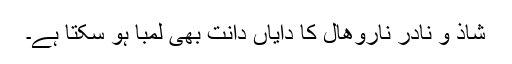
شاذ و نادر ناروھال کا دایاں دانت بھی لمبا ہو سکتا ہے۔